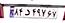
۸۴د۴۹۷۶۷